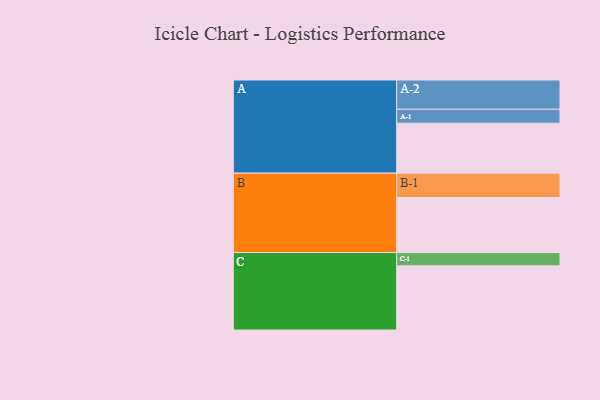
{"axis": {"x": "Segment", "y": "Value"}, "legend": ["", "A", "B", "C"], "data": [{"x": "A", "y": 434, "type": ""}, {"x": "B", "y": 478, "type": ""}, {"x": "C", "y": 557, "type": ""}, {"x": "A-1", "y": 121, "type": "A"}, {"x": "A-2", "y": 254, "type": "A"}, {"x": "B-1", "y": 211, "type": "B"}, {"x": "C-1", "y": 115, "type": "C"}]}